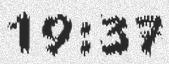
19:37